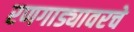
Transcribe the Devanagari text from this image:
रणगाड्यावरचे